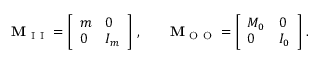
\mathbf { M } _ { \mathrm { ~ I ~ I ~ } } = \left[ \begin{array} { l l } { m } & { 0 } \\ { 0 } & { I _ { m } } \end{array} \right] \, , \qquad \mathbf { M } _ { \mathrm { ~ O ~ O ~ } } = \left[ \begin{array} { l l } { M _ { 0 } } & { 0 } \\ { 0 } & { I _ { 0 } } \end{array} \right] \, .